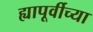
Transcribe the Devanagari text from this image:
ह्यापूर्वीच्या